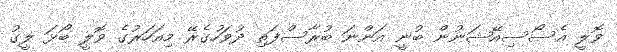
ވޮލީ އެސޯސިއޭޝަނުން ބުނީ އަންނަ ބުރާސްފަތި ދުވަހުގެރޭ މިއަހަރުގެ ވޮލީ ބޯޅަ ލީގު